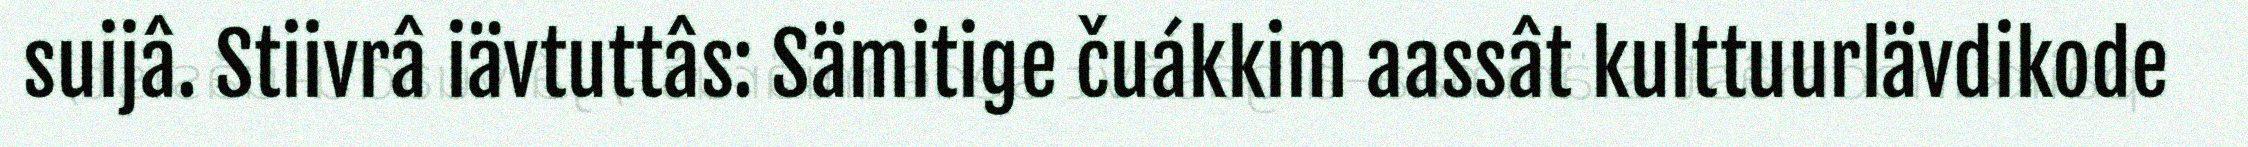
suijâ. Stiivrâ iävtuttâs: Sämitige čuákkim aassât kulttuurlävdikode